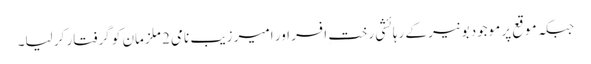
جبکہ موقع پر موجود بونیر کے رہائشی رختِ افسر اور امیر زیب نامی 2 ملزمان کو گرفتار کر لیا۔